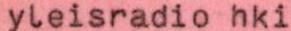
yleisradio hki